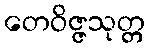
တေဝိဇ္ဇသုတ္တ